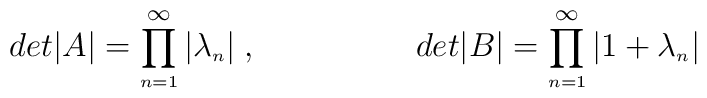
det\vert A \vert = \prod\limits_{\scriptscriptstyle n=1}^{\infty}\vert \lambda_{\scriptscriptstyle n} \vert \hskip3pt, \hskip2cmdet\vert B \vert = \prod\limits_{\scriptscriptstyle n=1}^{\infty}\vert 1+\lambda_{\scriptscriptstyle n} \vert